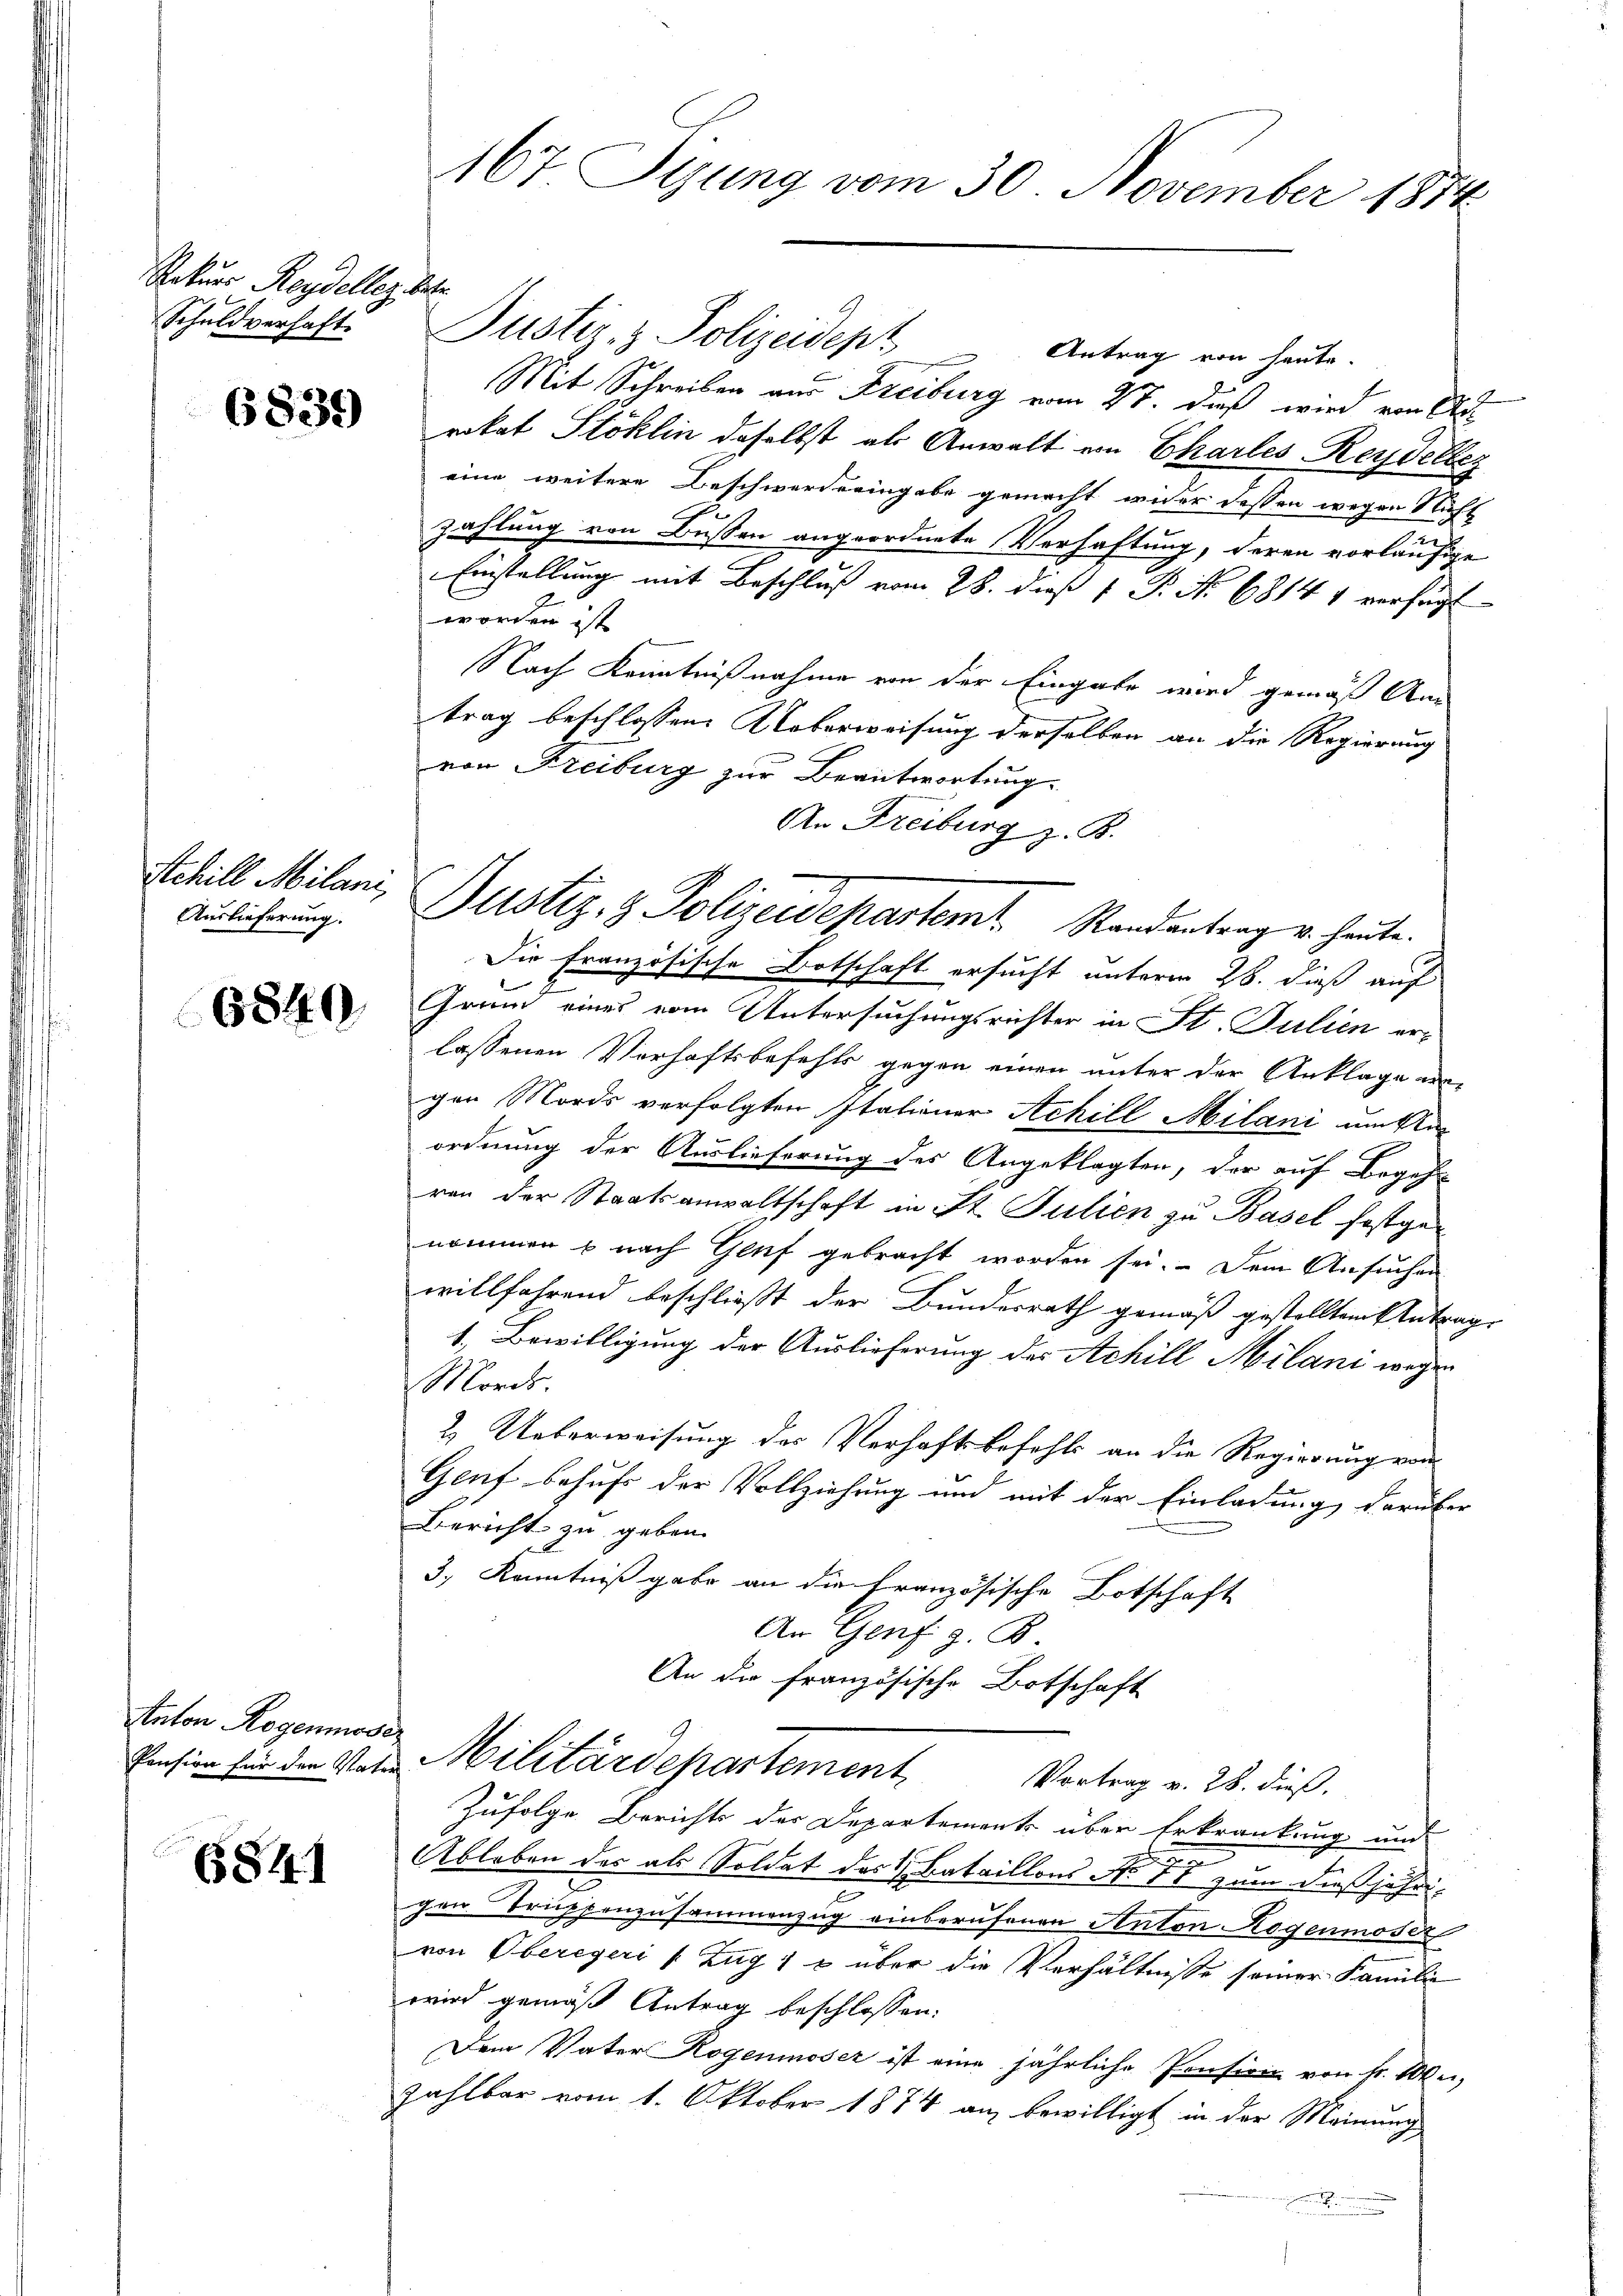
Rekurs Reydellenz betr
Schuldverhaft.

6839)

Schill Milani,
Auslieferung.

6849.

saton Rogenmose,

6841

167 Sizung vom 30. November 1874.

Justiz- & Polizeidep. Antrag von heute.
Mit Schreiben aus Freiburg vom 27. daß wird von Au
rikat Stoklin daselbst als Anwalt von Charles Reydeller
eine weitere Beschwerde eingabe gemacht wider dessen wegen Nicht
zahlung von Bussen angeordnete Verhaftung, deren vorläufige
Einstellung mit Beschluß vom 28. dieß 1 P. No 6814 1 verfügt
worden ist
Nach Kenntnißnahme von der Eingabe wird gemäß An
trag beschlossen: Ueberweisung derselben an die Regierung
von Freiburg zur Beantwortung.
An Freiburg z. K.
Die Französische Botschaft ersucht unterm 28. dieß auf
Grund eines vom Untersuchungsrichter in St. Julien erlassenen Verhaftsbefehls gegen einen unter der Anklage angen Mords verfolgten Italiener Achill Milani um An
ordnung der Auslieferung des Angeklagten, der auf Begeh
ren der Staatsanwaltschaft in St. Julien zu Basel festgenommen u nach Genf gebracht worden sei. Dem Ansuchen
willfahrend beschließt der Bundesrath gemäß gestellten Antrags
1. Bewilligung der Auslieferung der Achill Milani wege
Mords.
2. Ueberweisung des Verhaftsbefehls an die Regierung von
Genf behufs der Vollziehung und mit der Einladung darüber
Bericht zu geben.
3, Kenntniß gabe an die Französische Botschaft
An Genf z. B.
An die französische Botschaft

Justiz & Polizeidepartemt. Standentrag u. heute.

Zufolge Berichts der Departements über Erkrankung und
.
Ableben des als Soldat des Bataillons No 71 zum dießjähri-
gen Truppenzusammenzug einberufenen Anton Rogenmoser
von Obereger Zug, u über die Verhältnisse seiner Familie
wird gemäß Antrag beschlossen:
Dem Vater Rogenmoser ist eine jährliche Pension von Fr. Weizahlbar vom 1. Oktober 1874 an, bewilligt in der Meinung

Pension für die Nein Militärdepartement
Vortrag v. 28. dieß.